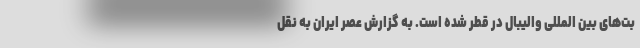
بت‌های بین المللی والیبال در قطر شده است. به گزارش عصر ایران به نقل